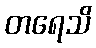
တရေသိ